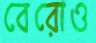
বেরোও